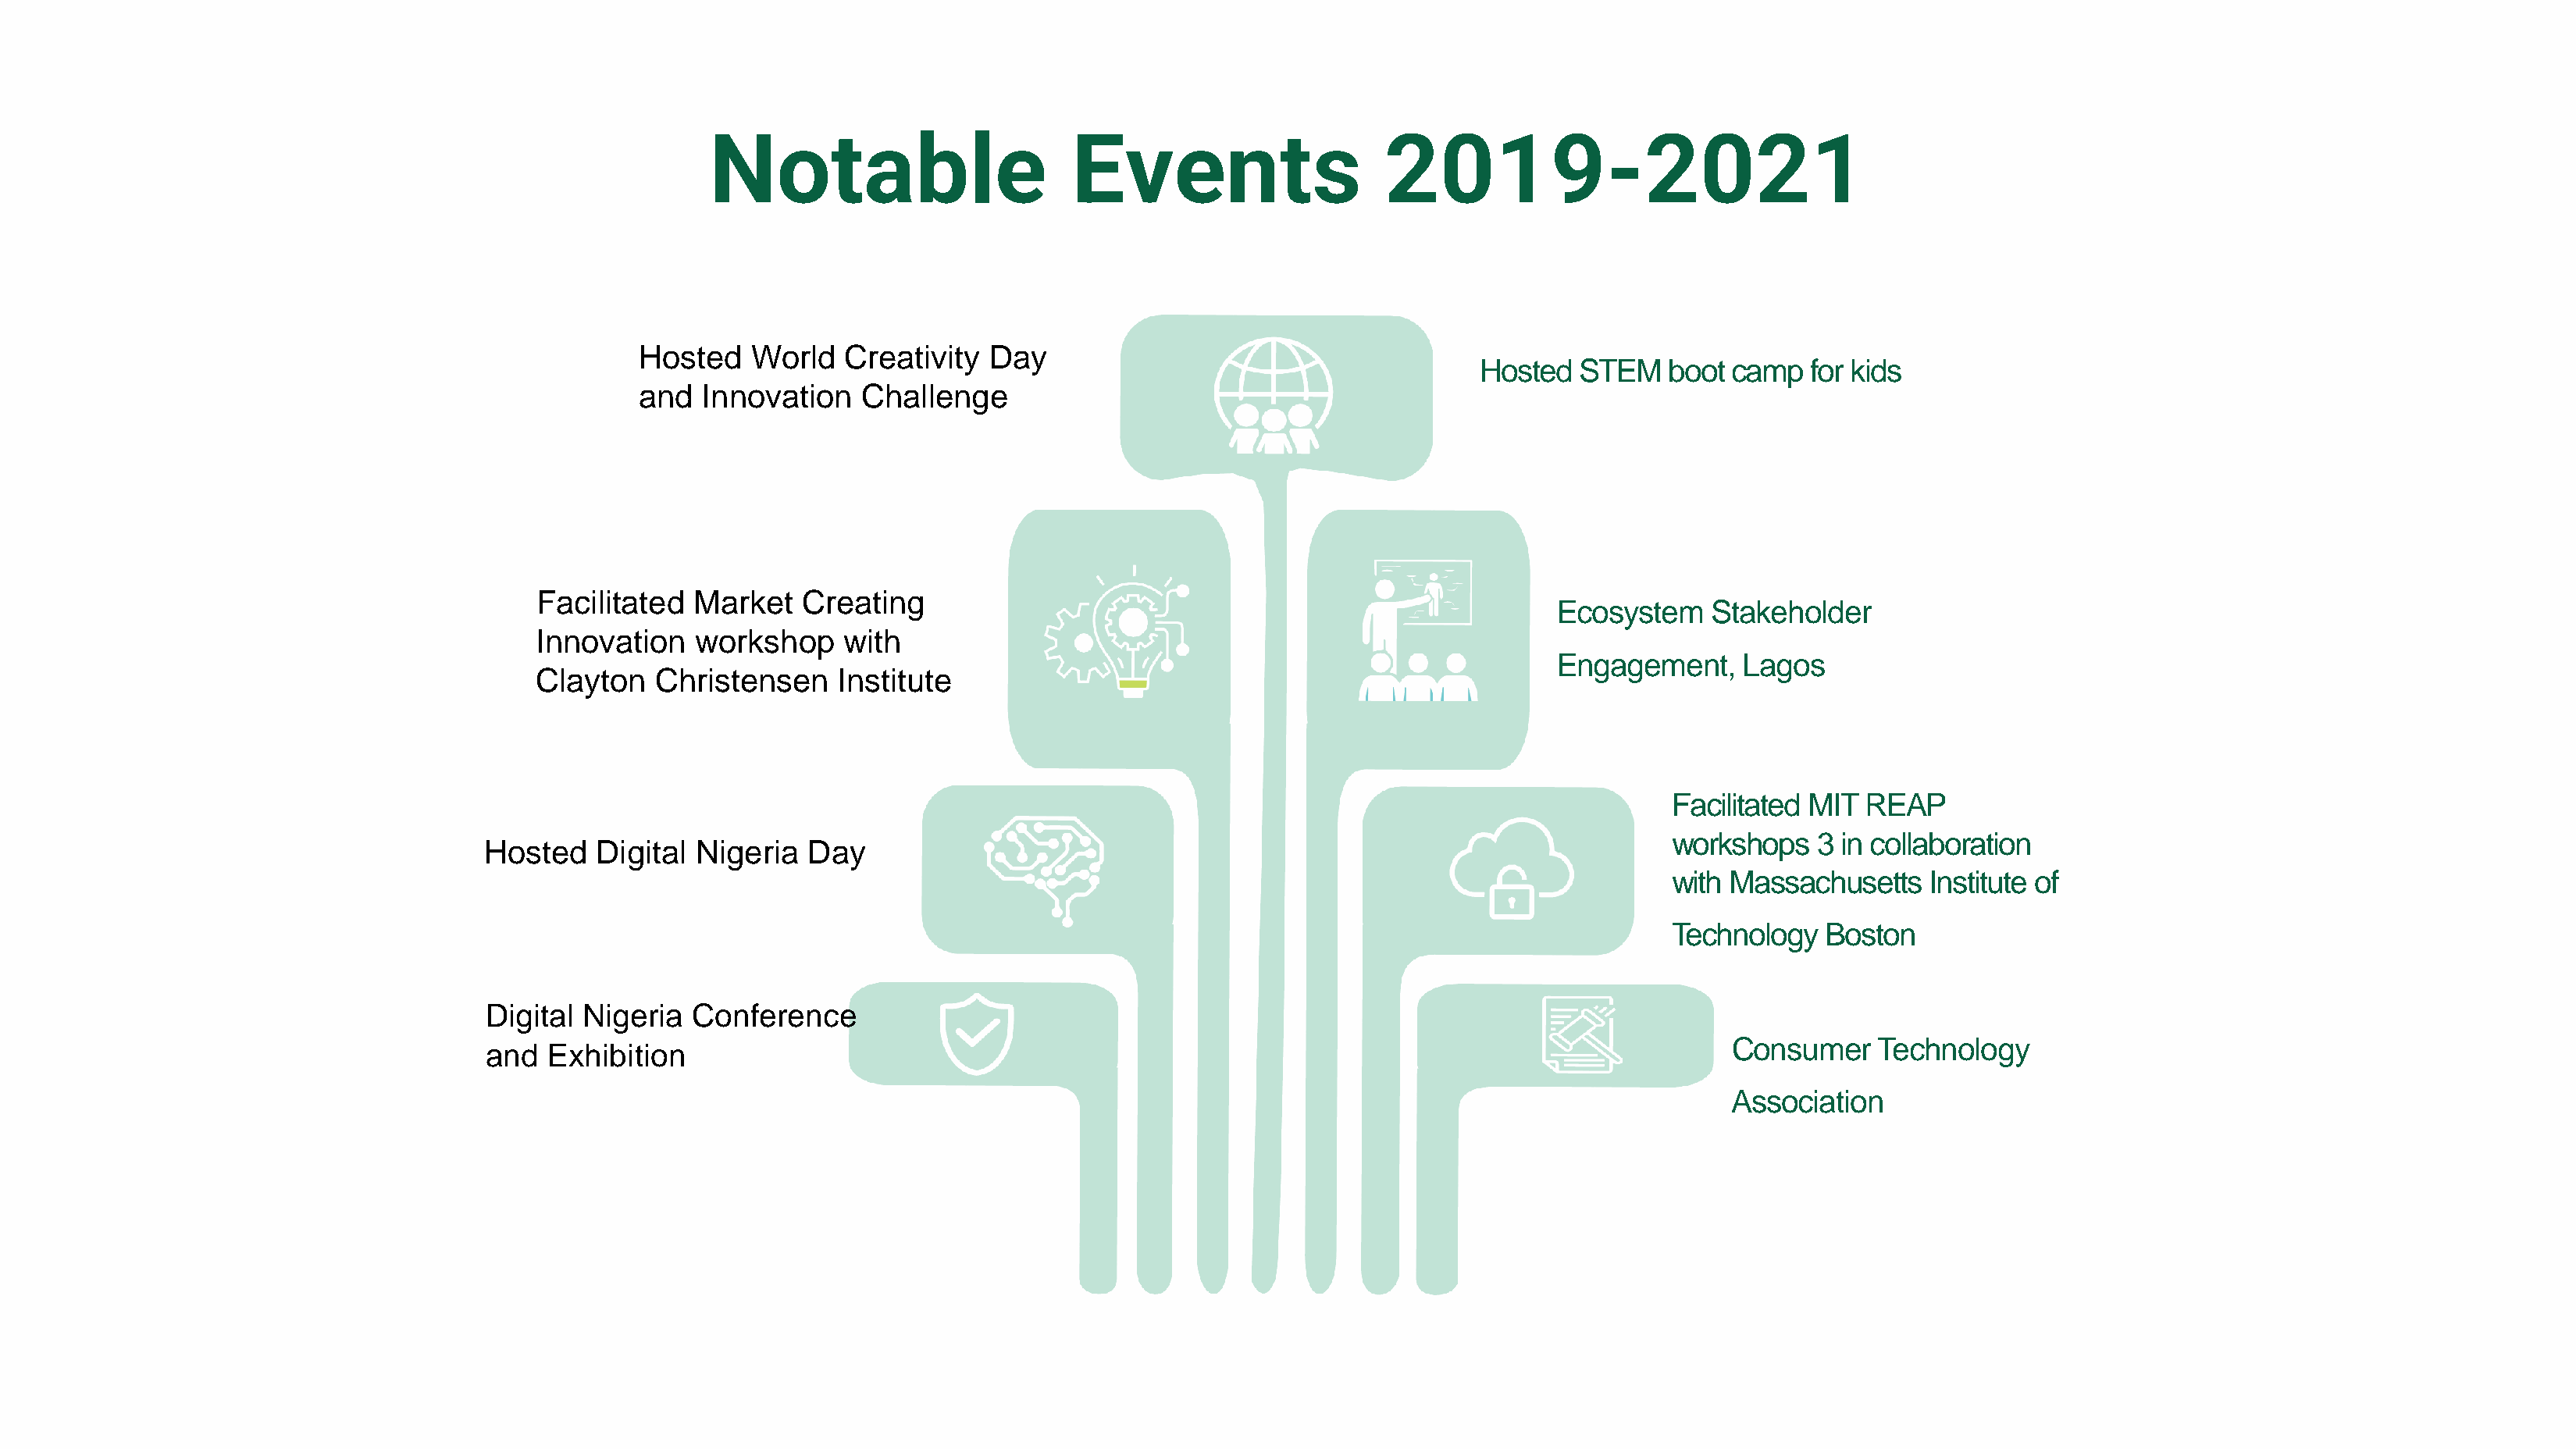
Notable                        Events                    2019-2021
 Hosted    World   Creativity  Day
 Hosted   STEM   boot  camp  for kids
 and  Innovation    Challenge
 Facilitated   Market   Creating
 Ecosystem    Stakeholder
 Innovation    workshop    with
 Engagement,     Lagos
 Clayton    Christensen    Institute
 Facilitated MIT REAP
 workshops   3 in collaboration
 Hosted    Digital Nigeria  Day
 with Massachusetts    Institute of
 Technology   Boston
 Digital Nigeria   Conference
 Consumer    Technology
 and  Exhibition
 Association